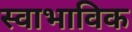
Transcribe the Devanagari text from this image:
स्‍वाभाविक